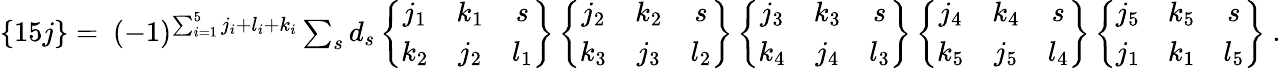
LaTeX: \begin{array}{r}{\{ 15j\} =~(-1)^{\sum_{i=1}^{5}j_{i}+l_{i}+k_{i}}\sum_{s}d_{s}\left\{ \begin{array}{ccc}{j_{1}}&{k_{1}}&{s}\\ {k_{2}}&{j_{2}}&{l_{1}}\end{array}\right\} \left\{ \begin{array}{ccc}{j_{2}}&{k_{2}}&{s}\\ {k_{3}}&{j_{3}}&{l_{2}}\end{array}\right\} \left\{ \begin{array}{ccc}{j_{3}}&{k_{3}}&{s}\\ {k_{4}}&{j_{4}}&{l_{3}}\end{array}\right\} \left\{ \begin{array}{ccc}{j_{4}}&{k_{4}}&{s}\\ {k_{5}}&{j_{5}}&{l_{4}}\end{array}\right\} \left\{ \begin{array}{ccc}{j_{5}}&{k_{5}}&{s}\\ {j_{1}}&{k_{1}}&{l_{5}}\end{array}\right\} \ .}\end{array}